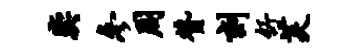
奕参周赞刻舒芙